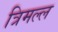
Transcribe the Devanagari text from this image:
त्रिमल्ल